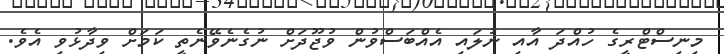
މިނިސްޓްރީގެ ހުއްދަ އާއި ނުލައި އެއްބަސްވުން ވުޖޫދަށް ނުގެނެވޭނެތީ ކަމަށް ވިދާޅުވި އެވެ.